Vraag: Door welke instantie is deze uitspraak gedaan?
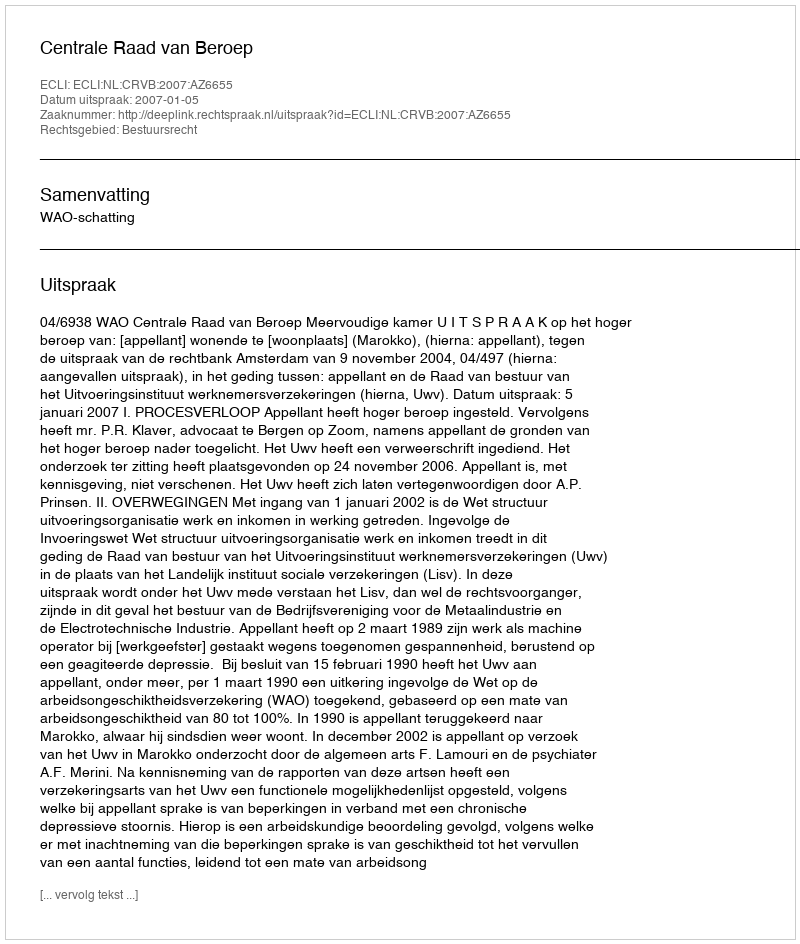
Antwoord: Centrale Raad van Beroep